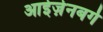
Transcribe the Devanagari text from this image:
आईज़ेनबर्ग